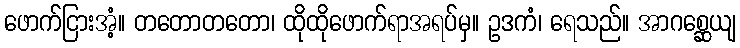
ဖောက်ငြားအံ့။ တတောတတော၊ ထိုထိုဖောက်ရာအရပ်မှ။ ဥဒကံ၊ ရေသည်။ အာဂစ္ဆေယျ